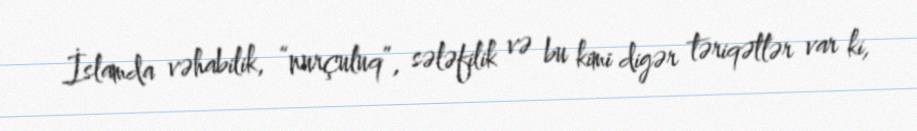
İslamda vəhabilik, “nurçuluq”, sələfilik və bu kimi digər təriqətlər var ki,